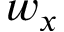
w _ { x }